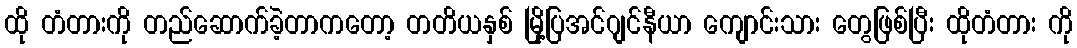
ထို တံတားကို တည်ဆောက်ခဲ့တာကတော့ တတိယနှစ် မြို့ပြအင်ဂျင်နီယာ ကျောင်းသား တွေဖြစ်ပြီး ထိုတံတား ကို